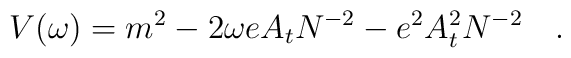
V(\omega)=m^2-2\omega e A_t N^{-2}-e^2A_t^2N^{-2}~~~.